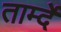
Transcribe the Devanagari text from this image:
तार्म्दे